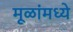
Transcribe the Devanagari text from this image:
मूळांमध्ये